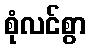
စုံလင်စွာ